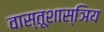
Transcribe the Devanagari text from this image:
वास्तूशास्ञिय